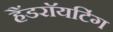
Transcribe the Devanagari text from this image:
हैंडराॅयटिंग